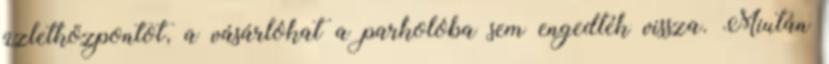
üzletközpontot, a vásárlókat a parkolóba sem engedték vissza. Miután